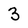
Character: 3